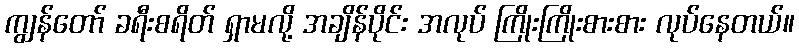
ကျွန်တော် ခရီးစရိတ် ရှာမလို့ အချိန်ပိုင်း အလုပ် ကြိုးကြိုးစားစား လုပ်နေတယ်။